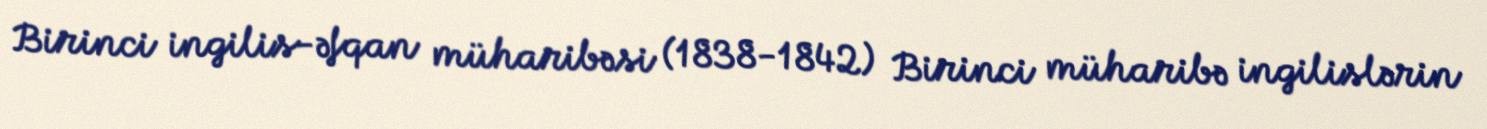
Birinci ingilis-əfqan müharibəsi (1838-1842) Birinci müharibə ingilislərin